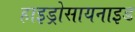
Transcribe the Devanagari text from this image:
हाइड्रोसायनाइड